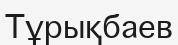
Тұрықбаев